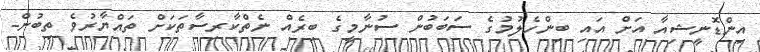
އިންޑޮނީޝިއާ އަށް އައި ބިންހެލުމުގެ ސަބަބުން ސުނާމީގެ ބިރެއް ނެތްކާރިސާތަކަށް ތައްޔާރުވެ ތިބުން-